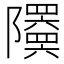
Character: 𬯦